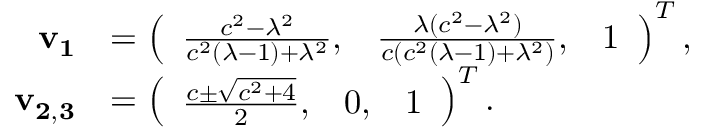
\begin{array} { r l } { \mathbf { v _ { 1 } } } & { = \left( \begin{array} { l l l } { \frac { c ^ { 2 } - \lambda ^ { 2 } } { c ^ { 2 } ( \lambda - 1 ) + \lambda ^ { 2 } } , } & { \frac { \lambda ( c ^ { 2 } - \lambda ^ { 2 } ) } { c ( c ^ { 2 } ( \lambda - 1 ) + \lambda ^ { 2 } ) } , } & { 1 } \end{array} \right) ^ { T } , } \\ { \mathbf { v _ { 2 , 3 } } } & { = \left( \begin{array} { l l l } { \frac { c \pm \sqrt { c ^ { 2 } + 4 } } { 2 } , } & { 0 , } & { 1 } \end{array} \right) ^ { T } . } \end{array}